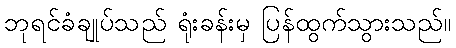
ဘုရင်ခံချုပ်သည် ရုံးခန်းမှ ပြန်ထွက်သွားသည်။